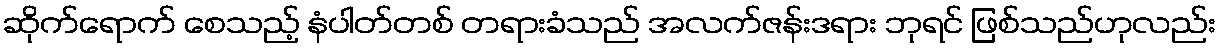
ဆိုက်ရောက် စေသည့် နံပါတ်တစ် တရားခံသည် အလက်ဇန်းဒရား ဘုရင် ဖြစ်သည်ဟုလည်း